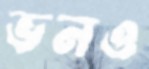
ভনও